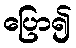
ပြော၍